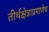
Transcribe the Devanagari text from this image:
तीर्थक्षेत्राप्रमाणेच